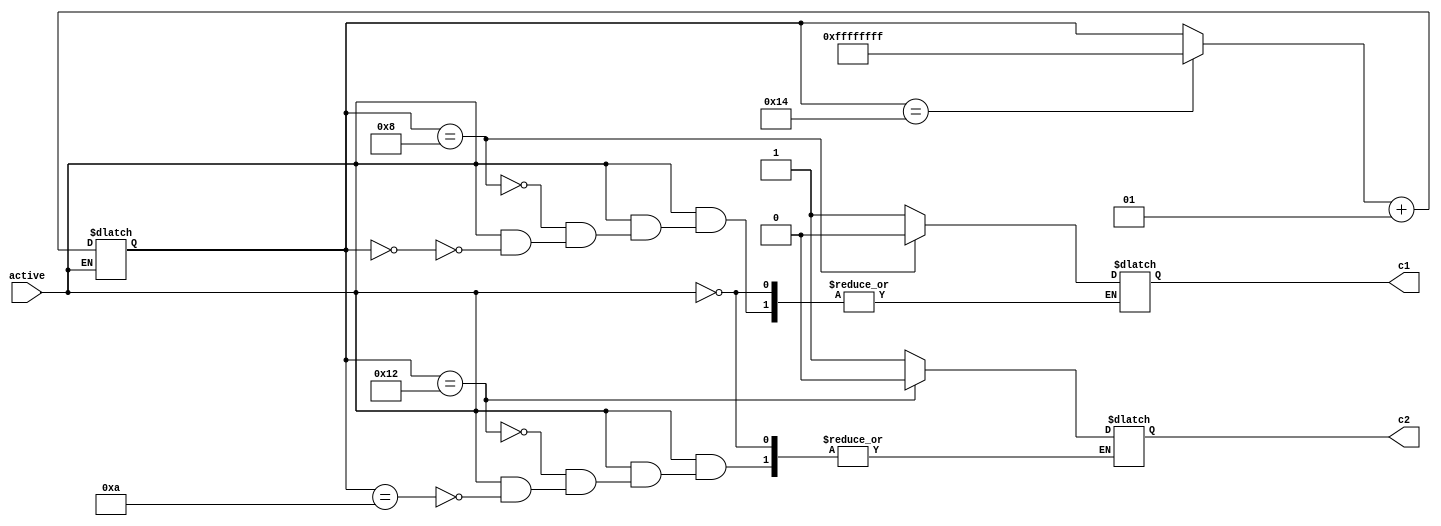
`ifndef CLOCKGENERATOR
`define CLOCKGENERATOR
module clock(input active, output reg c1, output reg c2);
	integer phase = 0;

	always #40 begin
		if(active)begin
			if(phase == 0)begin
				c1 = 1;
				$display("\n=============\n=============\nCLK\n=============\n=============\n");
			end
			if(phase == 8) c1 = 0;

			if(phase == 10) c2 = 1;
			if(phase == 18) c2 = 0;
			if(phase == 20) phase = -1;
			
			phase = phase + 1;
		end
	end
endmodule
`endif